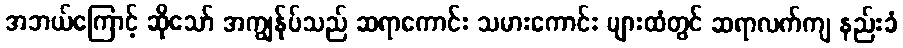
အဘယ်ကြောင့် ဆိုသော် အကျွန်ုပ်သည် ဆရာကောင်း သမားကောင်း များထံတွင် ဆရာလက်ကျ နည်းခံ